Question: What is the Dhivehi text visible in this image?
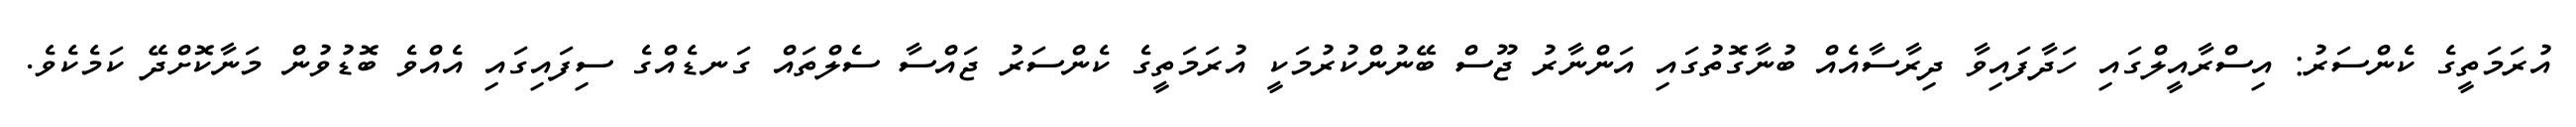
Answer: އުރަމަތީގެ ކެންސަރު: އިސްރާއީލްގައި ހަދާފައިވާ ދިރާސާއެއް ބުނާގޮތުގައި އަންނާރު ޖޫސް ބޭނުންކުރުމަކީ އުރަމަތީގެ ކެންސަރު ޖައްސާ ސެލްތައް ގަނޑެއްގެ ސިފައިގައި އެއްވެ ބޮޑުވުން މަނާކޮށްދޭ ކަމެކެވެ.